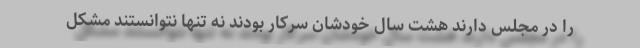
را در مجلس دارند هشت سال خودشان سرکار بودند نه تنها نتوانستند مشکل